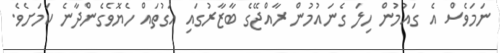
ނަމަވެސް އެ ގައުމުން ހިލަ ގެނައުމުން ރާއްޖޭގެ ބާޒާރުގައި އަގުތައް ހެޔޮވެގެންދާނެ ކަމަށެވެ.